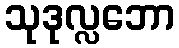
သုဒုလ္လဘော